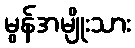
မွန်အမျိုးသား